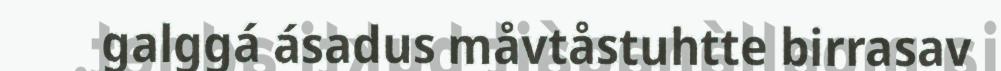
galggá ásadus måvtåstuhtte birrasav